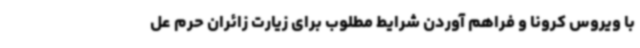
با ویروس کرونا و فراهم آوردن شرایط مطلوب برای زیارت زائران حرم عل